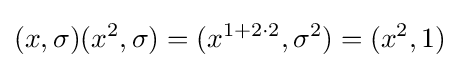
(x,\sigma )(x^{2},\sigma )=(x^{1+2\cdot 2},\sigma ^{2})=(x^{2},1)